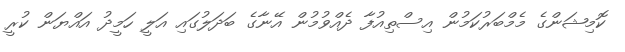
ކޮމިޝަންގެ މެމްބަރުކަމުން އިސްތިއުފާ ދެއްވުމުން އޭނާގެ ބަދަލުގައި އަލީ ހަމީދު އައްޔަން ކުރީ